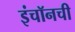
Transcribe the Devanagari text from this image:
इंचॉनची